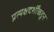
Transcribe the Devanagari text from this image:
प्रत्यक्षदर्शींकडून